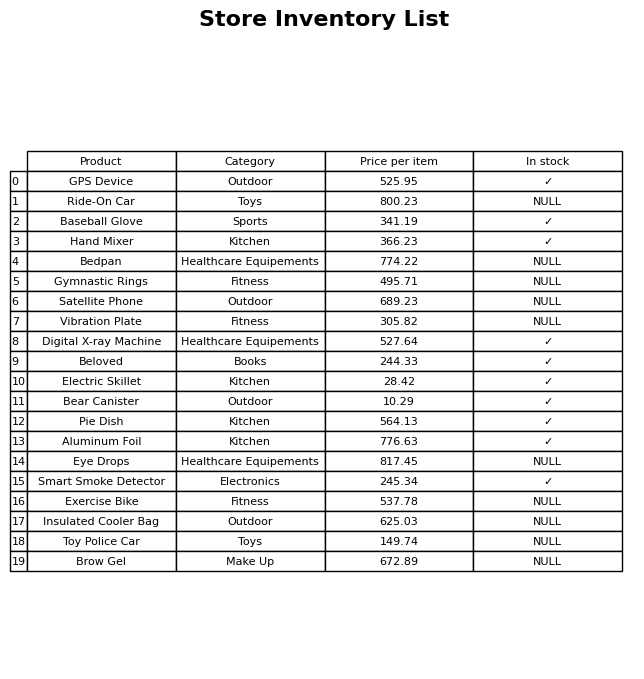
question: Which products are available in stock?
answer: GPS Device, Baseball Glove, Hand Mixer, Digital X-ray Machine, Beloved, Electric Skillet, Bear Canister, Pie Dish, Aluminum Foil, Smart Smoke Detector